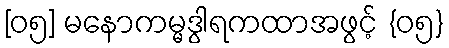
[၀၅] မနောကမ္မဒွါရကထာအဖွင့် {၀၅}